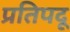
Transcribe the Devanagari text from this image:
प्रतिपदू